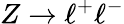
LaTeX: Z\to\ell^{+}\ell^{-}